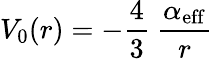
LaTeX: V_{0}(r)=-\frac{4}{3}~\frac{\alpha_{\mathrm{eff}}}{r}